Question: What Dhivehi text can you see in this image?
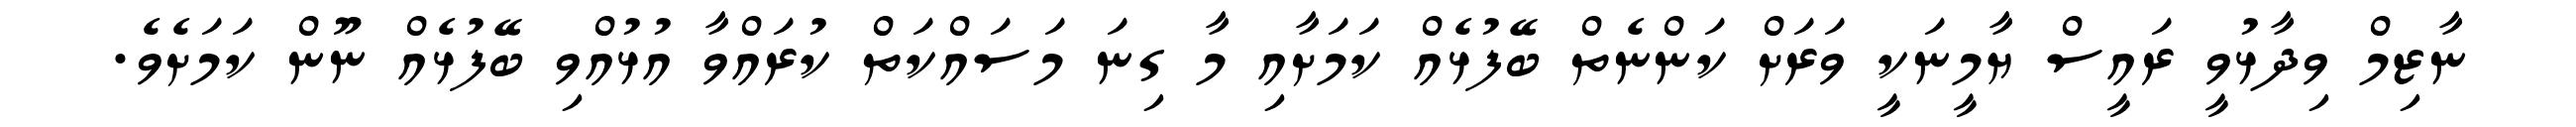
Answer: ނާޒިމް ވިދާޅުވީ ރައީސް ޔާމީނަކީ ވަރަށް ކަންނެތް ބޭފުޅެއް ކަމަށާއި މާ ގިނަ މަސައްކަތް ކުރައްވާ އުޅުއްވި ބޭފުޅެއް ނޫން ކަމަށެވެ.